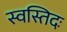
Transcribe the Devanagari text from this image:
स्वस्तिदः